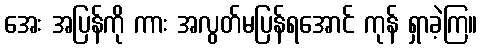
အေး အပြန်ကို ကား အလွတ်မပြန်ရအောင် ကုန် ရှာခဲ့ကြ။